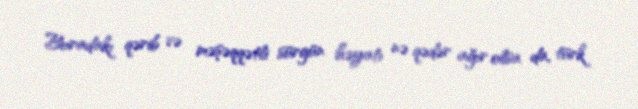
Buradakı qərib və məşəqqətli sürgün həyatı nə qədər ağır olsa da, türk